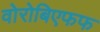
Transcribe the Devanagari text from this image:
वोरोबिएफफ